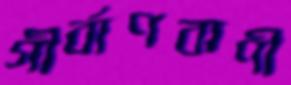
গীর্বাণবাণী